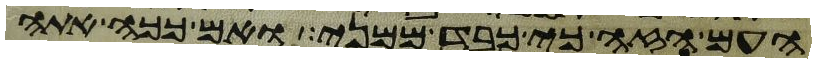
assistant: העם הזה כי כבד ממני ואם ככה אתה